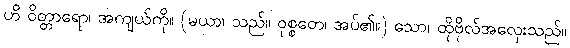
ဟိ ဝိတ္တာရော၊ အကျယ်ကို။ (မယာ၊ သည်။ ဝုစ္စတေ၊ အပ်၏။) သော၊ ထိုဗိုလ်အလှေးသည်။